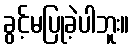
ခွင့်မပြုခဲ့ပါဘူး။